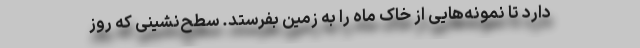
دارد تا نمونه‌هایی از خاک ماه را به زمین بفرستد. سطح‌نشینی که روز